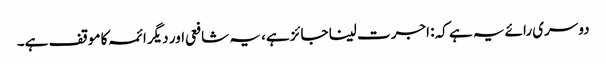
دوسری رائے یہ ہے کہ: اجرت لینا جائز ہے، یہ شافعی اور دیگر ائمہ کا موقف ہے۔